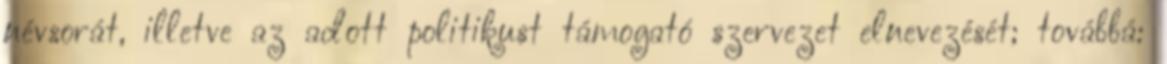
névsorát, illetve az adott politikust támogató szervezet elnevezését; továbbá: